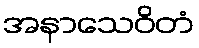
အနာသေဝိတံ